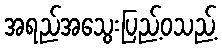
အရည်အသွေးပြည့်ဝသည့်